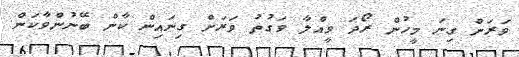
ވަރަށް ގިނަ މީހުން ރޯދަ ވީއްލާ ވަގުތު ވަރަށް ގިނައިން ކާން ބޭނުންވާކަން